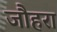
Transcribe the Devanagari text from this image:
जौहरा